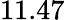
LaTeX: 11.47